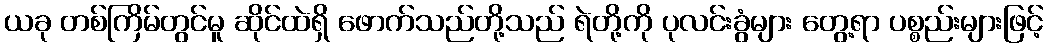
ယခု တစ်ကြိမ်တွင်မူ ဆိုင်ထဲရှိ ဖောက်သည်တို့သည် ရဲတို့ကို ပုလင်းခွံများ တွေ့ရာ ပစ္စည်းများဖြင့်